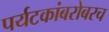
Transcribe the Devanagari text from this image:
पर्यटकांबरोबरच